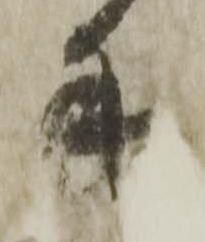
手